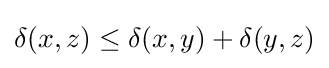
\delta (x,z)\leq \delta (x,y)+\delta (y,z)